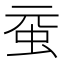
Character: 𧉗